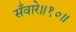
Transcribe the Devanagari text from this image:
सँवारे॥१०॥